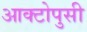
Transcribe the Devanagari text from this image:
आक्टोपुसी